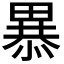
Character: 𭻥